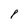
Character: 8